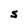
Character: S